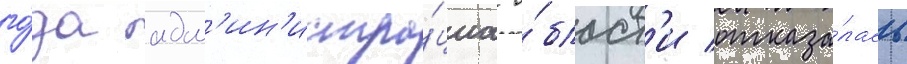
го́да адм'ин'истра́циа о́бласт'и отказа́лась